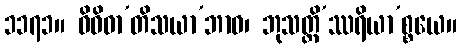
၁၁၇၁။ ဝိဝိဓာ’တိသယာ’ဘာဝ၊ ဘုသတ္တိ’ဿရိယာ’စ္စယေ။